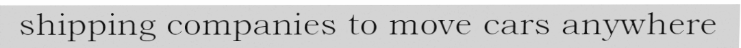
shipping companies to move cars anywhere